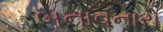
બનાવનારો